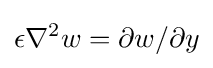
\epsilon \nabla ^{2}w=\partial w/\partial y